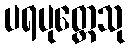
ပရပုတ္တေသု